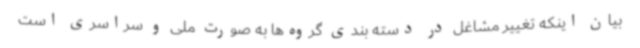
بیان اینکه تغییر مشاغل در دسته بندی گروه‌ها به صورت ملی و سراسری است